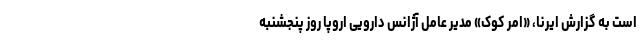
است به گزارش ایرنا، «امر کوک» مدیر عامل آژانس دارویی اروپا روز پنجشنبه